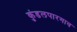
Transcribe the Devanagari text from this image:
कुंडलपारगाव